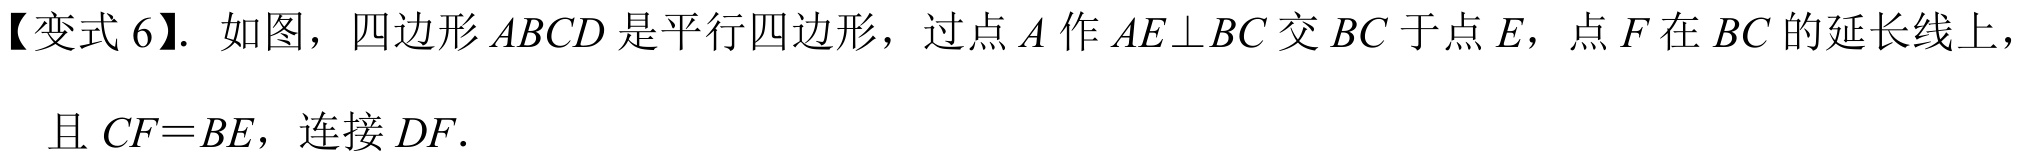
【变式6】. 如图，四边形\(ABCD\)是平行四边形，过点\(A\)作\(AE\perp BC\)交\(BC\)于点\(E\)，点\(F\)在\(BC\)的延长线上，且\(CF = BE\)，连接\(DF\).